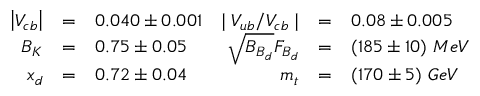
\begin{array} { r c l r c l } { { \left| V _ { c b } \right| } } & { { = } } & { { 0 . 0 4 0 \pm 0 . 0 0 1 } } & { { \mid V _ { u b } / V _ { c b } \mid } } & { { = } } & { { 0 . 0 8 \pm 0 . 0 0 5 } } \\ { { B _ { K } } } & { { = } } & { { 0 . 7 5 \pm 0 . 0 5 } } & { { \sqrt { B _ { B _ { d } } } F _ { B _ { d } } } } & { { = } } & { { ( 1 8 5 \pm 1 0 ) ~ M e V } } \\ { { x _ { d } } } & { { = } } & { { 0 . 7 2 \pm 0 . 0 4 } } & { { m _ { t } } } & { { = } } & { { ( 1 7 0 \pm 5 ) ~ G e V } } \end{array}